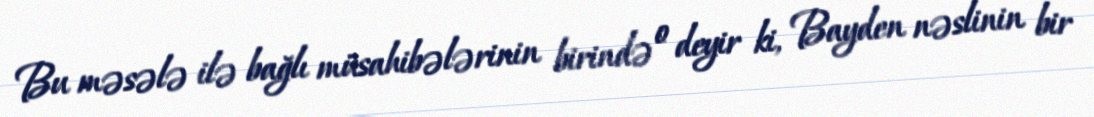
Bu məsələ ilə bağlı müsahibələrinin birində o deyir ki, Bayden nəslinin bir